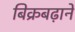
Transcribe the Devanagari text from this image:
बिक्रबढ़ाने